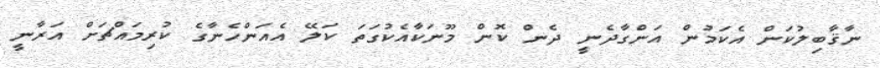
ނާޤާބިލުކަން އެކަމުން އަންގާދެނީ ދެން ކޮން މޫނަކާއެކުގަތަ ކަލޭ އެއަންހެނާގެ ކުރިމައްޗަށް އަރާނީ